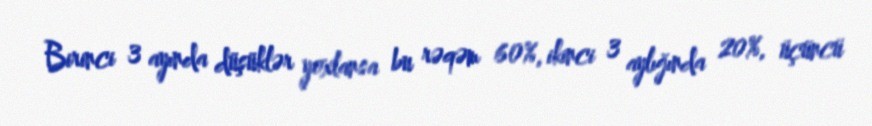
Birinci 3 ayında düşüklər yoxlansa bu rəqəm 60%, ikinci 3 aylığında 20%, üçüncü